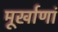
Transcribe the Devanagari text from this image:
मूर्खाणां